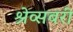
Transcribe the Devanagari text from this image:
श्रेव्सबरी